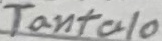
Text: Tantalo